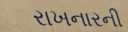
રાખનારની